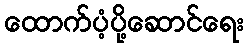
ထောက်ပံ့ပို့ဆောင်ရေး